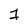
Character: 1